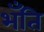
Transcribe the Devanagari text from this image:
भँति